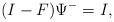
LaTeX: \begin{align*}(I-F)\Psi^-=I,\end{align*}